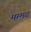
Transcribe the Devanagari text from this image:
मम्मद